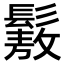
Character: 𩮯